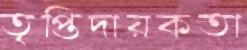
তৃপ্তিদায়কতা